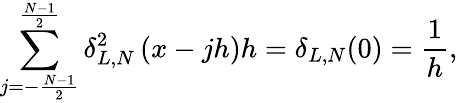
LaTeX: \sum_{j=-\frac{N-1}{2}}^{\frac{N-1}{2}}\delta_{L,N}^{2}\left(x-jh\right)h=\delta_{L,N}(0)=\frac{1}{h},